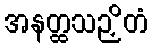
အနတ္ထသဉှိတံ